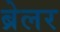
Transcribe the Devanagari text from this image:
ब्रेलर